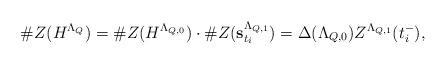
LaTeX: \begin{align*}\#Z(H^{\Lambda_Q})=\#Z(H^{\Lambda_{Q,0}}) \cdot \#Z({\bf s}^{\Lambda_{Q,1}}_{t_i})=\Delta(\Lambda_{Q,0}) Z^{\Lambda_{Q,1}}(t_i^-),\end{align*}